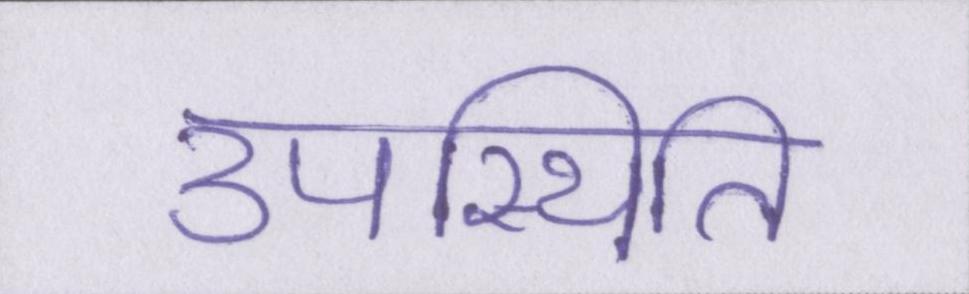
उपस्थिति